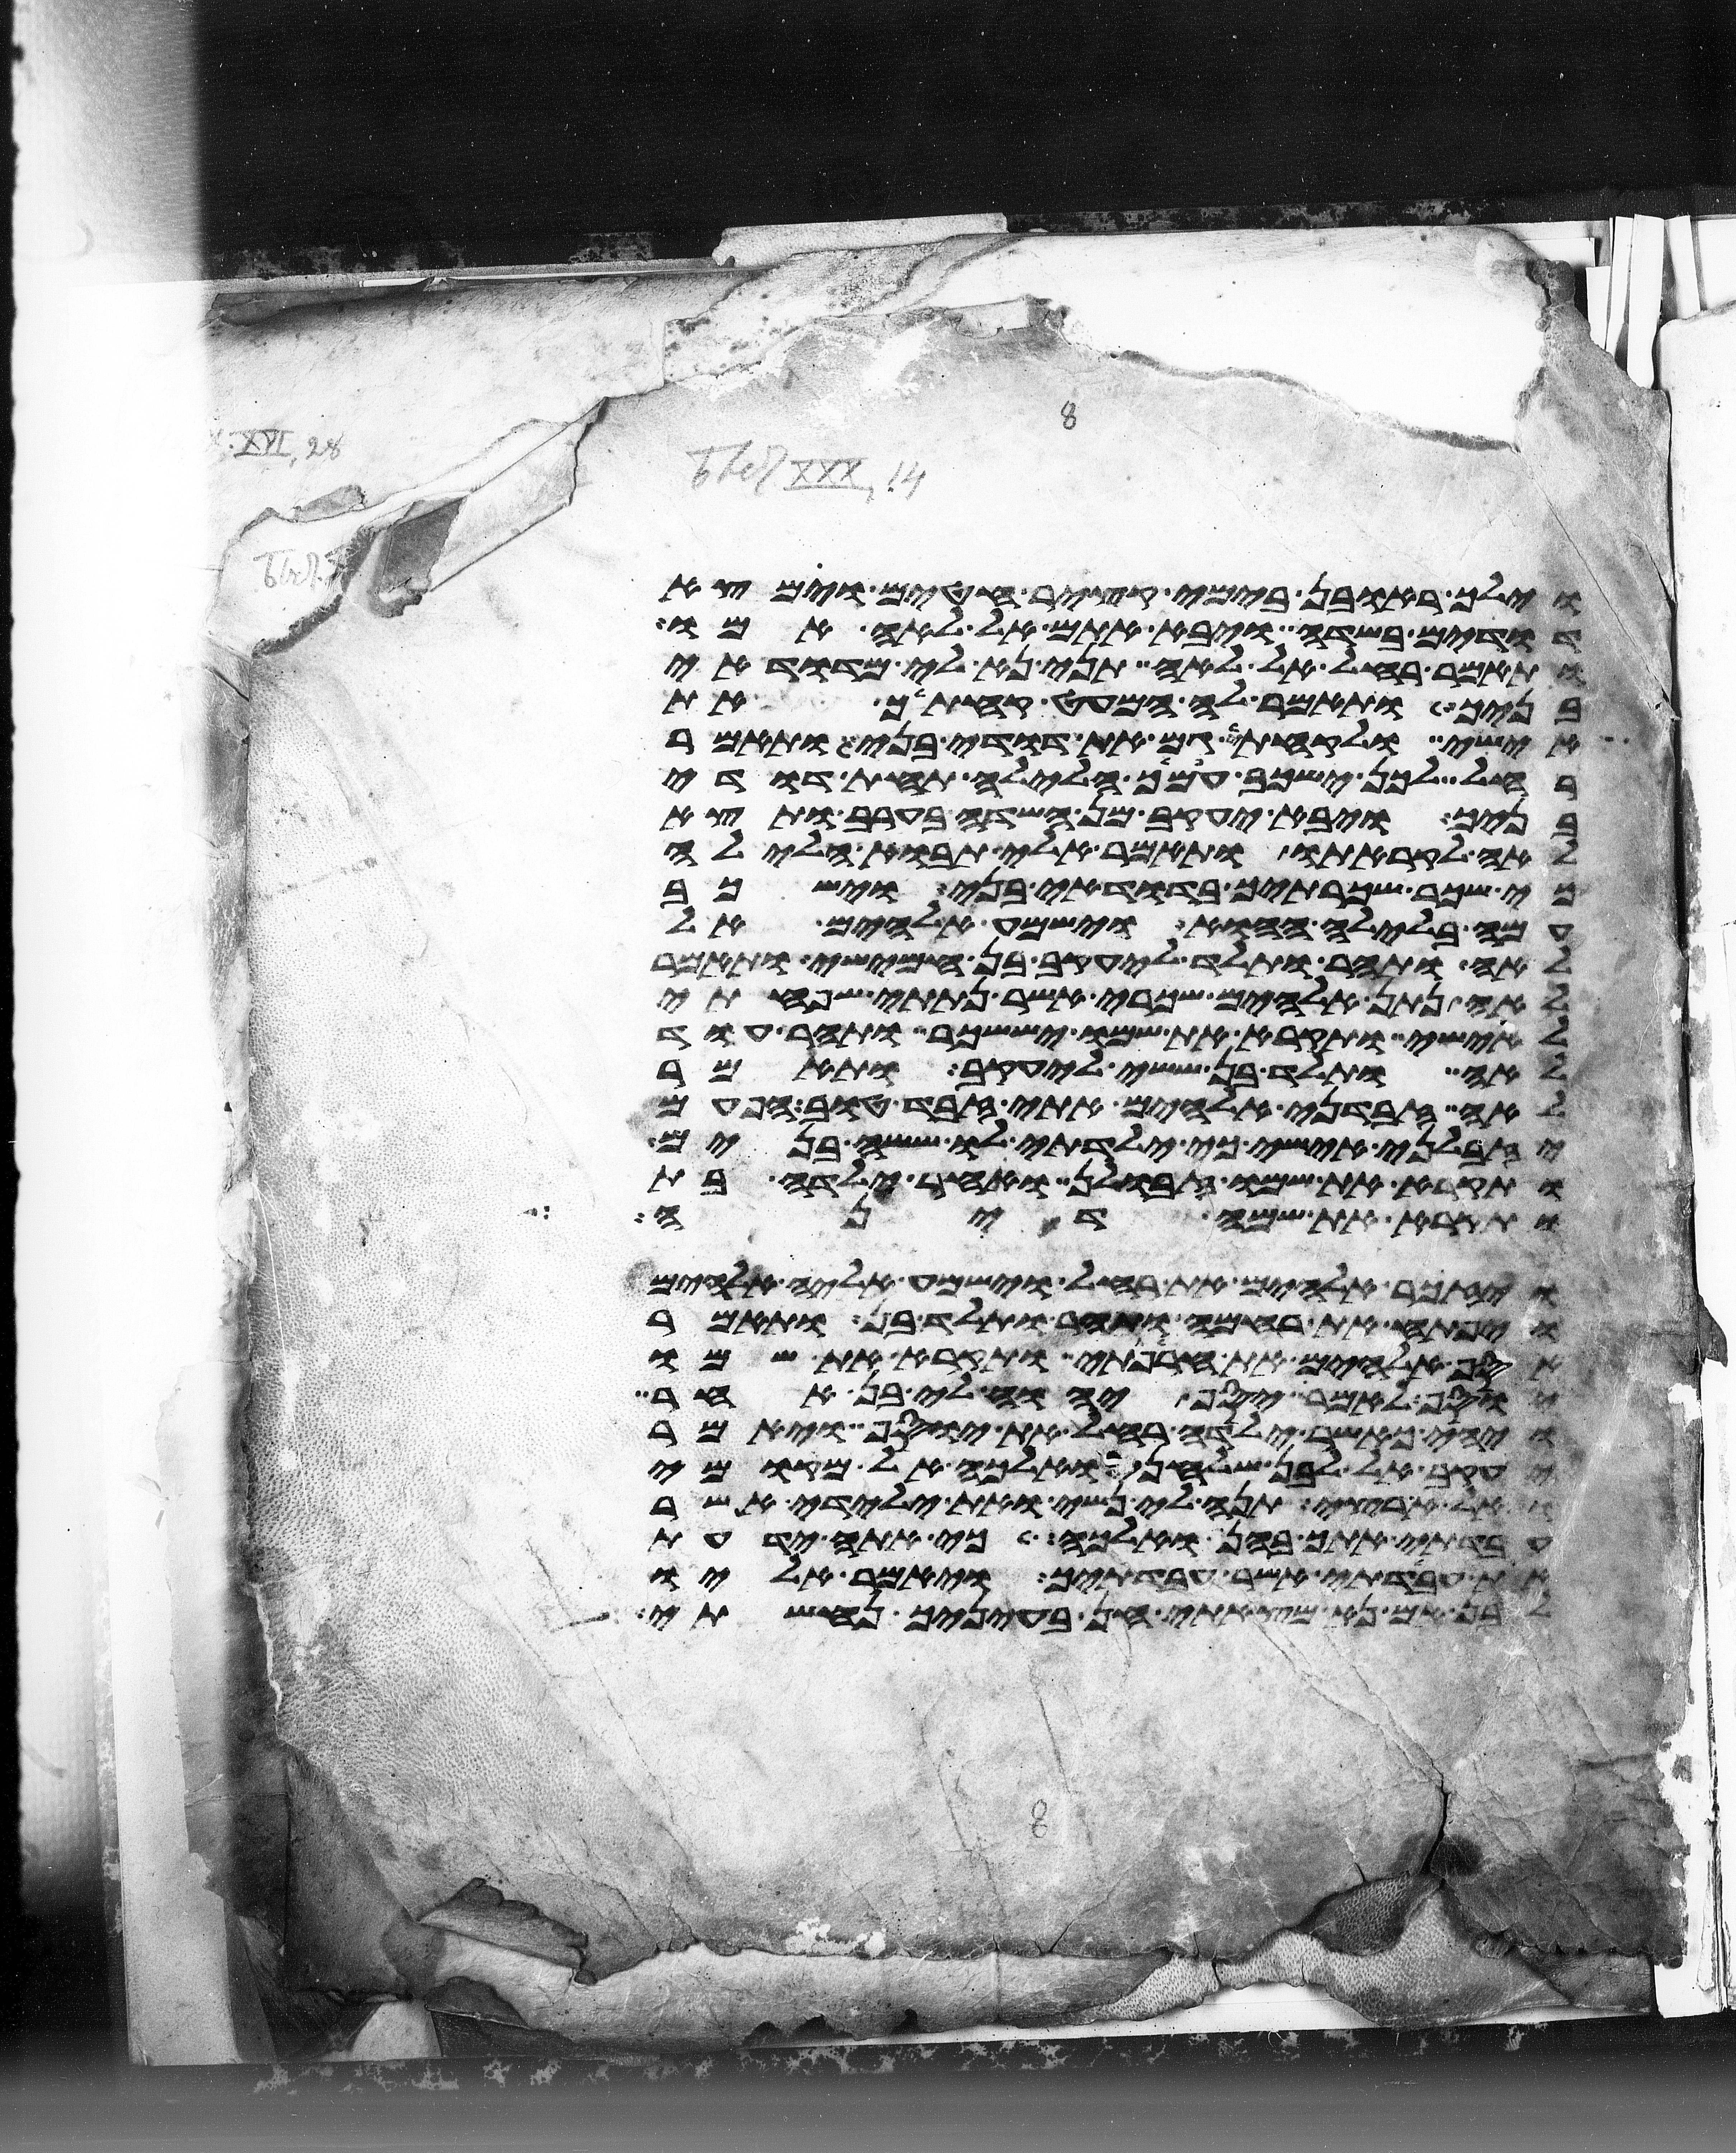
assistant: וילך ראובן בימי קציר חטים וימצא
דודים בשדה ויבא אתם אל לאה אמו
ותאמר רחל אל לאה תני נא לי מדודי
בניך ותאמר לה המעט קחתיך את
אישי ולקחתי גם את דודי בני ותאמר
רחל לכן ישכב עמיך הלילה תחת דודי
בניך ויבא יעקב מן השדה בערב ותצא
לאה לקראתו ותאמר אלי תבוא הלילה
כי שכר שכרתיך בדודי בני וישכב
עמה בלילה ההוא וישמע אלהים אל
לאה ותהר ותלד ליעקב בן חמישי ותאמר
לאה נתן אלהים שכרי אשר נתתי שפחתי
לאישי ותקרא את שמו יששכר ותהר עוד
לאה ותלד בן ששי ליעקב ותאמר
לאה זבדני אלהים אתי זבד טוב הפעם
יזבלני אישי כי ילדתי לו ששה בנים
ותקרא את שמו זבולן ואחר ילדה בת
ותקרא את שמה דינה
ויזכר אלהים את רחל וישמע אליה אלהים
ויפתח את רחמה ותהר ותלד בן ותאמר
אסף אלהים את חרפתי ותקרא את שמו
יוסף לאמר יסף יהוה לי בן אחר
ויהי כאשר ילדה רחל את יוסף ויאמר
יעקב אל לבן שלחני ואלכה אל מקומי
ואל ארצי תנה את נשי ואת ילדי אשר
עבדתי אתך בהן ואלכה כי אתה ידעת
את עבדתי אשר עבדתיך ויאמר אליו
לבן אם נא מצאתי חן בעיניך נחשתי